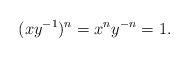
LaTeX: \begin{align*}(xy^{-1})^n=x^ny^{-n}=1.\end{align*}